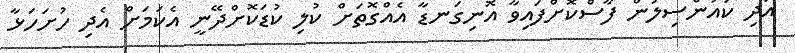
އަދި ކައުންސިލުން ފާސްކޮށްފައިވާ އޮނިގަނޑާ އެއްގޮތަށް ކުލި ކުޑަކޮށްދޭނީ އެކަމަށް އެދި ހުށަހަޅާ